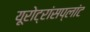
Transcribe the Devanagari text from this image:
यूरोट्रांसप्लांट